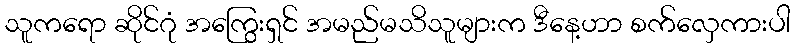
သူကရော ဆိုင်ဂုံ အကြွေးရှင် အမည်မသိသူများက ဒီနေ့ဟာ စက်လှေကားပါ